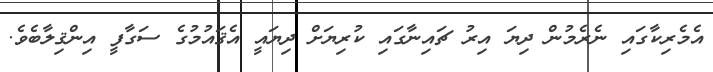
އެމެރިކާގައި ނެރެމުން ދިޔަ އިރު ޗައިނާގައި ކުރިޔަށް ދިޔައީ އެޤައުމުގެ ސަގާފީ އިންޤިލާބެވެ.